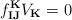
LaTeX: \begin{align*}f^\mathbf{K}_{\mathbf{IJ}} V_\mathbf{K} = 0\end{align*}